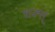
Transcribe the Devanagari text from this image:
शक्स्